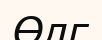
Өлг